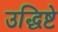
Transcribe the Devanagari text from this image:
उद्धिष्टे